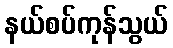
နယ်စပ်ကုန်သွယ်